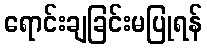
ရောင်းချခြင်းမပြုရန်